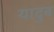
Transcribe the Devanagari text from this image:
यादुब